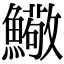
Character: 𩼃